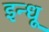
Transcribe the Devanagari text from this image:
इन्धू